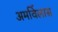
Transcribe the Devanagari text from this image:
अमर्विलास